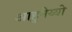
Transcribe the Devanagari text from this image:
आहुनेय्यो